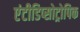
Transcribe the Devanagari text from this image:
एंटीडिप्सोट्रोपिक